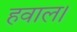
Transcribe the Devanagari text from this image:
हवाल।